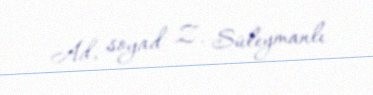
Ad, soyad Z. Süleymanlı